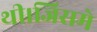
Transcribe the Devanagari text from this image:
थी।जिसमे